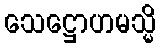
သေဋ္ဌောဟမသ္မိ